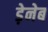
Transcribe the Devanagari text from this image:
ड़ेनेब